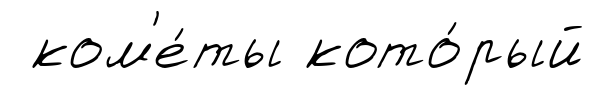
ком'е́ты кото́рый